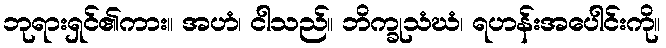
ဘုရားရှင်၏ကား။ အဟံ၊ ငါသည်။ ဘိက္ခုသံဃံ၊ ရဟန်းအပေါင်းကို။